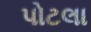
પોટલા